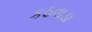
કઠવાડા